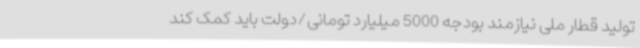
تولید قطار ملی نیازمند بودجه 5000 میلیارد تومانی/دولت باید کمک کند